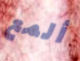
ألمع